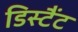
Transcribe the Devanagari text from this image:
डिस्टैंट